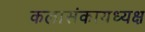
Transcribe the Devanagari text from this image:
कलासंकायध्यक्ष